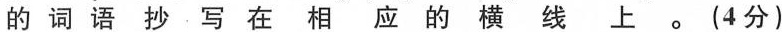
的词语抄写在相应的横线上。(4分)